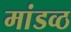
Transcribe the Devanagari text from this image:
मांडव्ठ